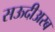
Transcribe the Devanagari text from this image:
सऊदीअरब